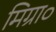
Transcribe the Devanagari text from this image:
मिग्रा०